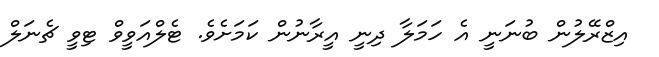
އިޒްރޭލުން ބުނަނީ އެ ހަމަލާ ދިނީ އީރާނުން ކަމަށެވެ. ޓެލްއަވީވް ޓިވީ ޗެނަލް